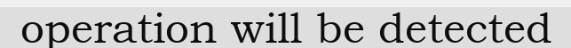
operation will be detected